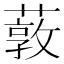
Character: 䔻